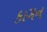
કાગન